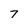
Character: 7